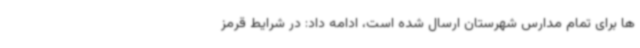
ها برای تمام مدارس شهرستان ارسال شده است، ادامه داد: در شرایط قرمز